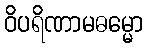
ဝိပရိဏာမဓမ္မော